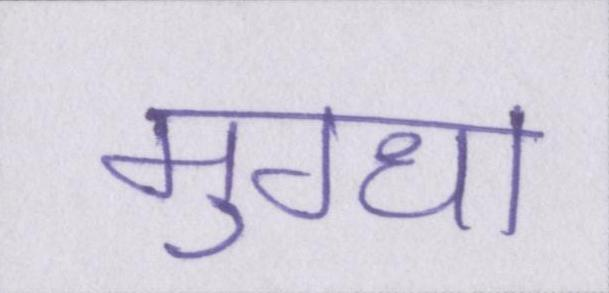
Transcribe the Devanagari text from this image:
मुग्धा